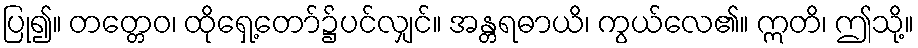
ပြု၍။ တတ္တေဝ၊ ထိုရှေ့တော်၌ပင်လျှင်။ အန္တရဓာယိ၊ ကွယ်လေ၏။ ဣတိ၊ ဤသို့။